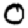
Digit: 0